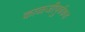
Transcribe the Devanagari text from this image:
काळजीपुर्वकच